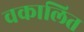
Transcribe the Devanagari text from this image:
वकालित